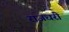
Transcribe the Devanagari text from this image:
राजधरी